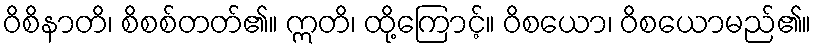
ဝိစိနာတိ၊ စိစစ်တတ်၏။ ဣတိ၊ ထို့ကြောင့်။ ဝိစယော၊ ဝိစယောမည်၏။